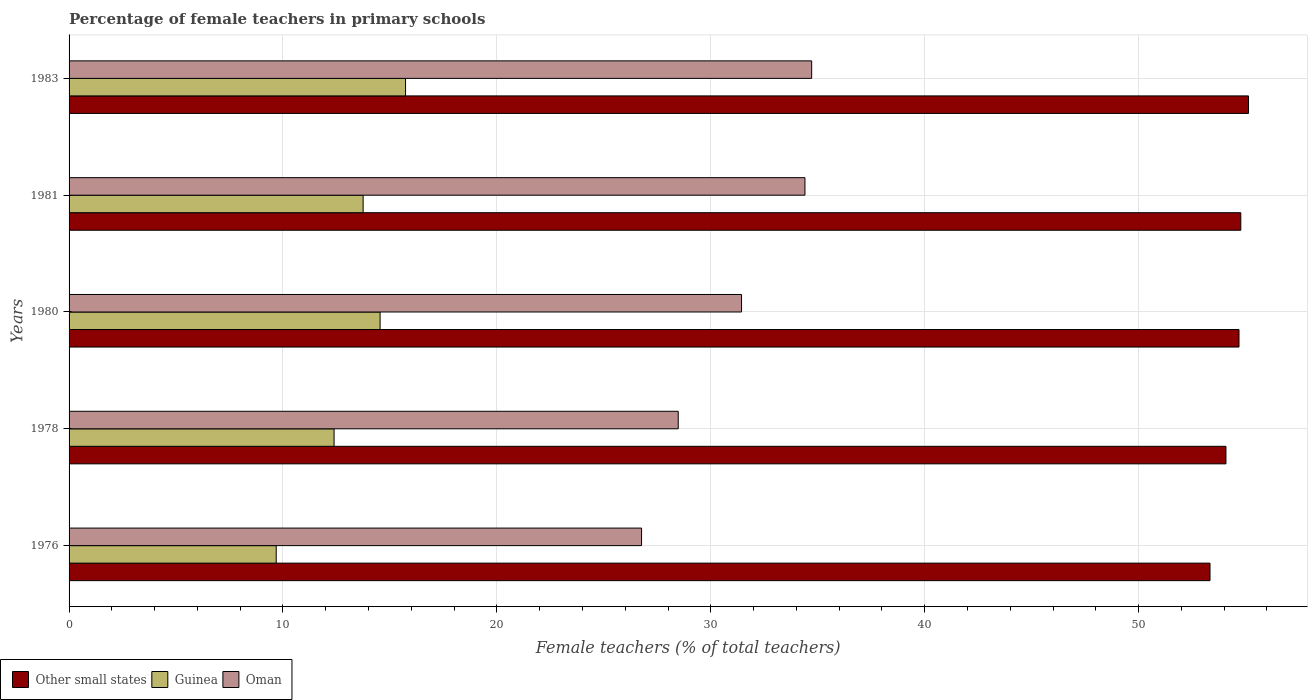
| Years | Other small states | Guinea | Oman |
 | --- | --- | --- | --- |
 | 1976 | 53.3 | 9.68 | 26.8 |
 | 1978 | 54.1 | 12.4 | 28.5 |
 | 1980 | 54.7 | 14.5 | 31.4 |
 | 1981 | 54.8 | 13.7 | 34.4 |
 | 1983 | 55.1 | 15.7 | 34.7 |